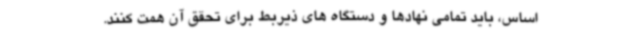
اساس، باید تمامی نهادها و دستگاه های ذیربط برای تحقق آن همت کنند.